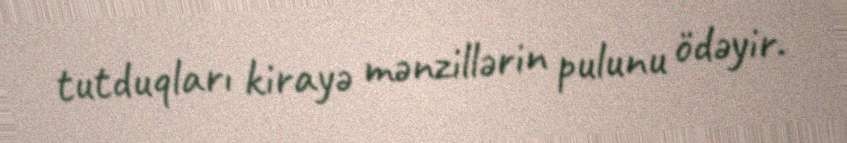
tutduqları kirayə mənzillərin pulunu ödəyir.